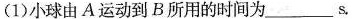
(1)小球由A运动到B所用的时间为___s